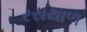
રસથાળ